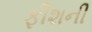
ફીશની